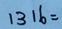
1 3 1 6 =